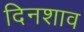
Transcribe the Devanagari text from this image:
दिनशाव